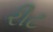
રીટ